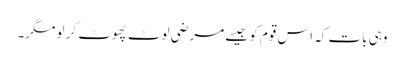
وہی بات کہ اس قوم کو جیسے مرضی لوٹ پھوٹ کر لو مگر۔